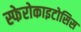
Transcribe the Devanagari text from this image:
स्फेरोकाइटोसिस